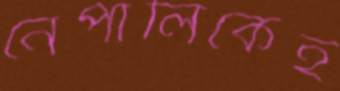
নেপালিকেই